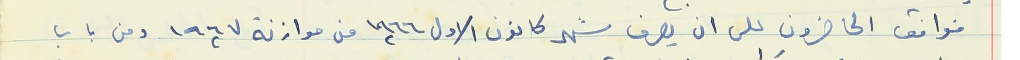
فوافق الحاضرون على ان يصرف شهر كانون الاول ١٩٦٦ من موازنة ١٩٦٧ ومن باب